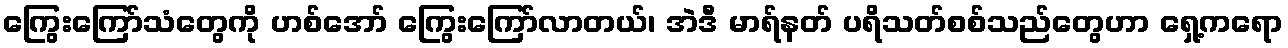
ကြွေးကြော်သံတွေကို ဟစ်အော် ကြွေးကြော်လာတယ်၊ အဲဒီ မာရ်နတ် ပရိသတ်စစ်သည်တွေဟာ ရှေ့ကရော